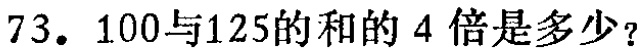
73. $100$与$125$的和的$4$倍是多少？